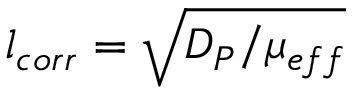
l _ { c o r r } = \sqrt { D _ { P } / \mu _ { e f f } }